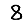
Digit: 8